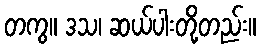
တကွ။ ဒသ၊ ဆယ်ပါးတို့တည်း။